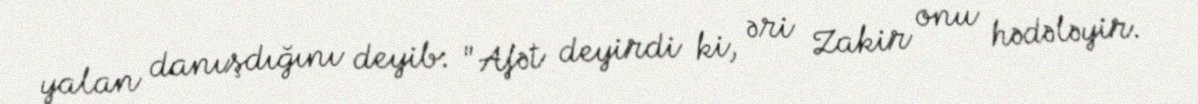
yalan danışdığını deyib: "Afət deyirdi ki, əri Zakir onu hədələyir.